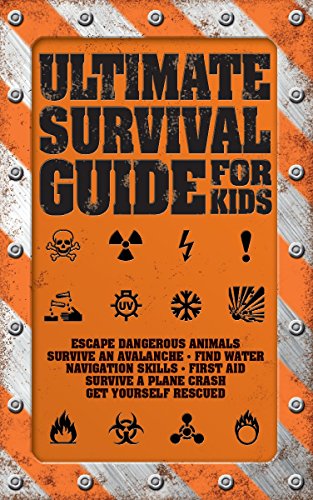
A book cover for Ultimate Survival Guide for Kids; Rob Colson; Children's Books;